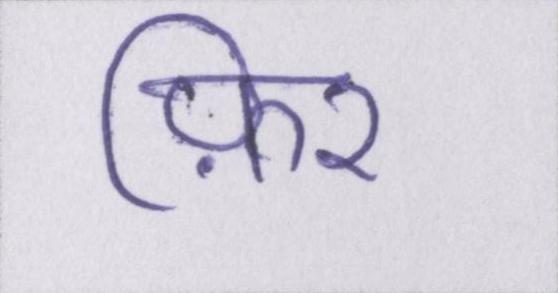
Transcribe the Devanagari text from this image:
फ़िर